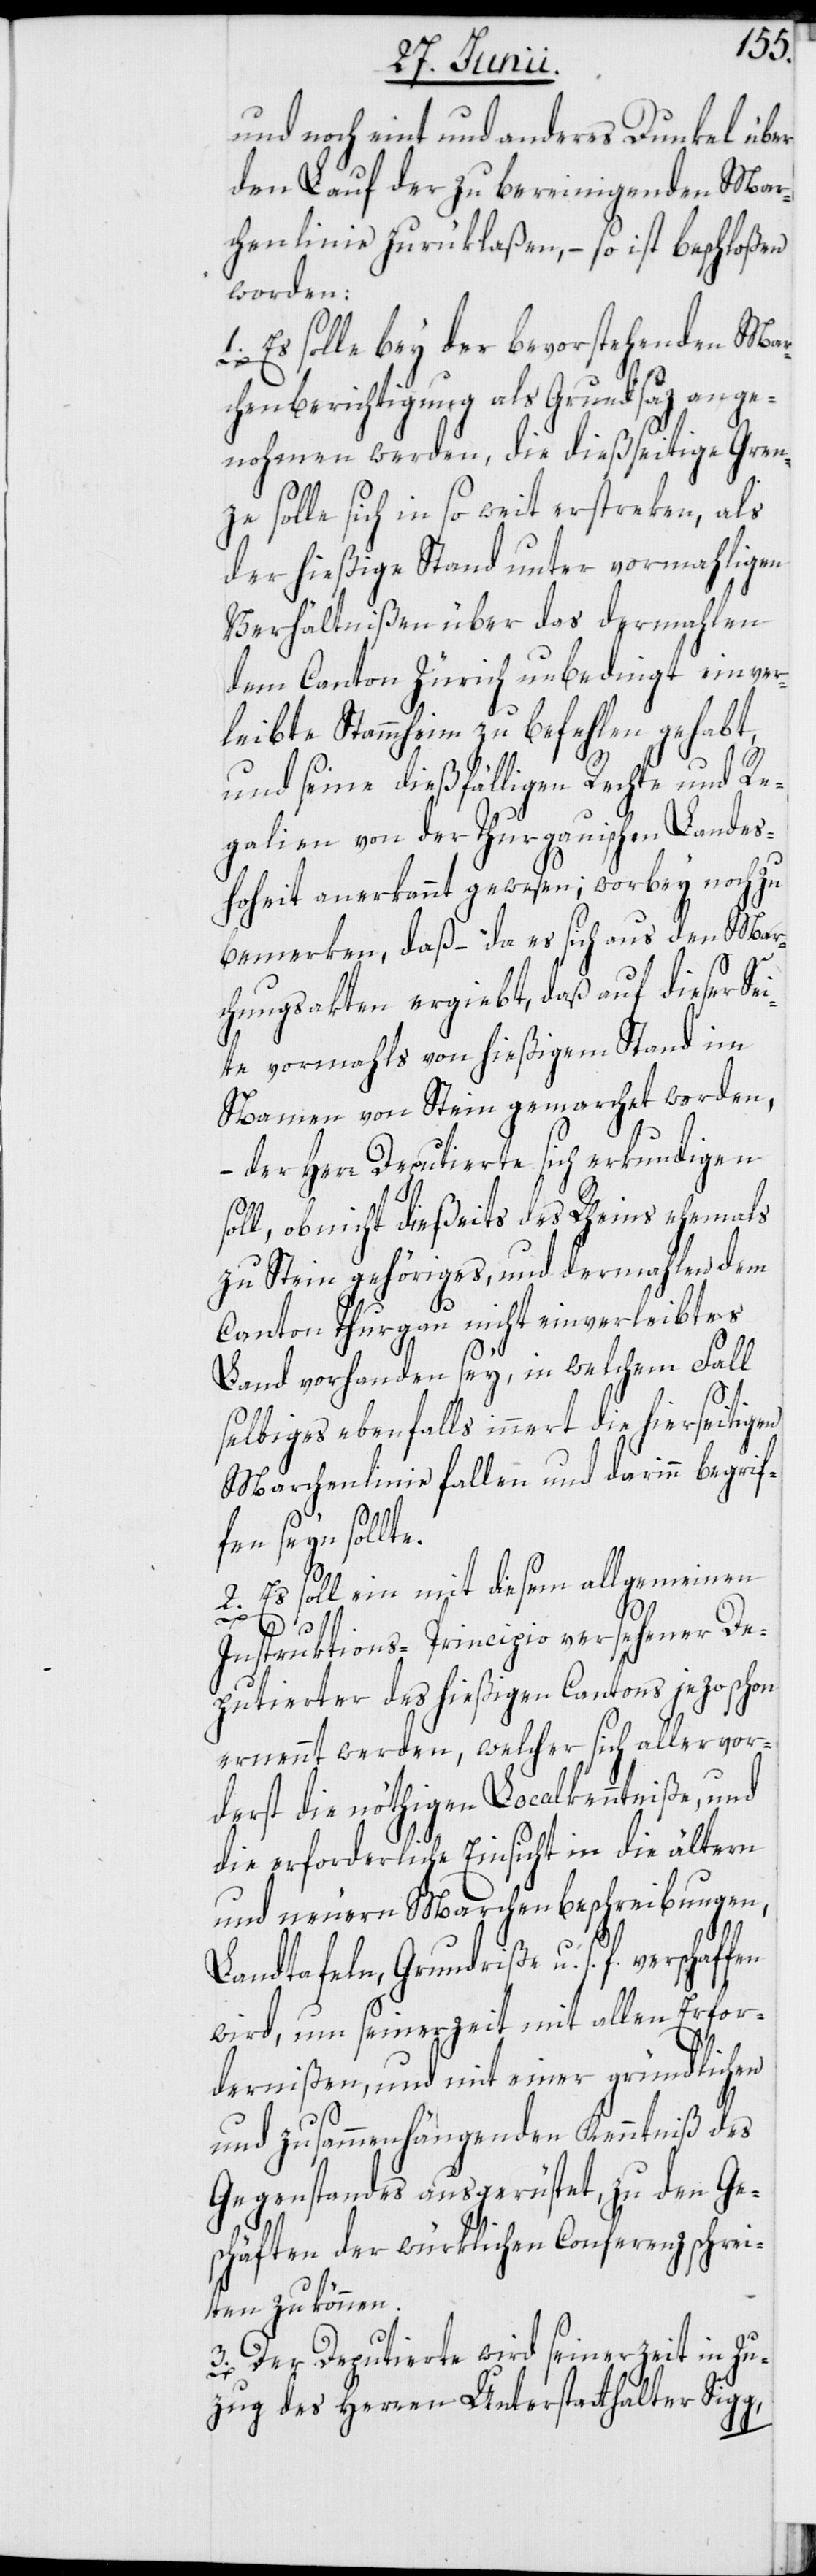
und noch eint und anderes Dunkel über
den Lauf der zu bereinigenden Mar¬
chenlinie zurüklaßen, – so ist beschloßen
worden:
1. Es solle bey der bevorstehenden Mar¬
chenberichtigung als Grundsaz ange¬
nohmen werden, die dießseitige Gren¬
ze solle sich in so weit erstreken, als
der hießige Stand unter vormahligen
Verhältnißen über das dermahlen
dem Canton Zürich unbedingt einver¬
leibte Stammheim zu befehlen gehabt,
und seine dießfälligen Rechte und Re¬
galien von der Thurgauischen Landes¬
hoheit anerkannt gewesen; worbey noch zu
bemerken, daß – da es sich aus den Mar¬
chungsakten ergiebt, daß auf dieser Sei¬
te vormahls von hießigem Stand im
Namen von Stein gemarchet worden,
– der Herr Deputierte sich erkundigen
oll, ob nicht dießeits des Rheins ehemals
zu Stein gehöriges, und dermahlen dem
Canton Thurgau nicht einverleibtes
Land vorhanden sey, in welchem Fall
s¬
selbiges ebenfalls innert die hierseitigen
Marchenlinie fallen und darinn begrif¬
fen seyn sollte.
2. Es soll ein mit diesem allgemeinen
Instruktions-Principio versehener De¬
putierter des hießigen Cantons jezo schon
ernennt werden, welcher sich allervor¬
derst die nöthigen Localkenntniße, und
die erforderliche Einsicht in die ältern
und neuern Marchenbeschreibungen,
Landtafeln, Grundriße u. s. f. verschaffen
wird, um seinerzeit mit allen Erfor¬
dernißen, und mit einer gründlichen
und zusammenhängenden Kenntniß des
Gegenstandes ausgerüstet, zu den Ge¬
schäften der würklichen Conferenz schrei¬
ten zu können.
3. Der Deputierte wird seinerzeit in Zu¬
zug des Herren Unterstatthalter Sigg,